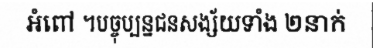
អំពៅ ។បច្ចុប្បន្នជនសង្ស័យទាំង ២នាក់